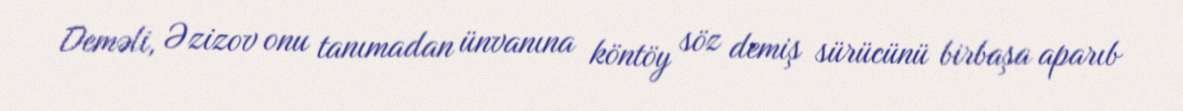
Deməli, Əzizov onu tanımadan ünvanına köntöy söz demiş sürücünü birbaşa aparıb